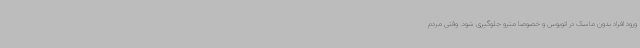
ورود افراد بدون ماسک در اتوبوس و خصوصا مترو جلوگیری شود. وقتی مردم